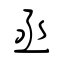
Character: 丞